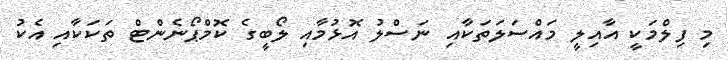
މި ފިލްމަކީ އާއިލީ މައްސަލަތަކާއި ނަސްލު އޮޅުމާއި ލޯބީގެ ކޮމްޕޯނެންޓް ތަކަކާއި އެކު